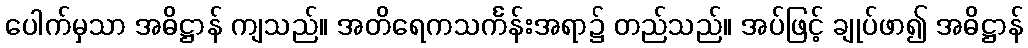
ပေါက်မှသာ အဓိဋ္ဌာန် ကျသည်။ အတိရေကသင်္ကန်းအရာ၌ တည်သည်။ အပ်ဖြင့် ချုပ်ဖာ၍ အဓိဋ္ဌာန်